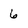
Character: 6